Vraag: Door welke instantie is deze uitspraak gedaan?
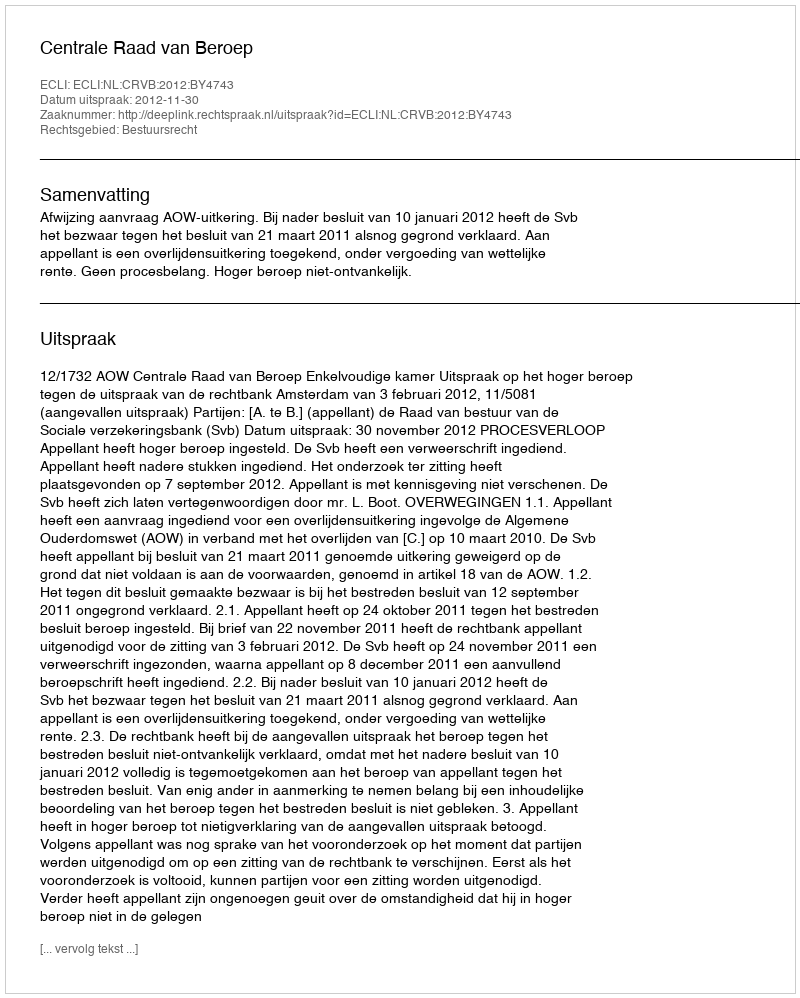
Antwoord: Centrale Raad van Beroep